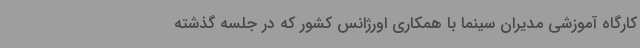
کارگاه آموزشی مدیران سینما با همکاری اورژانس کشور که در جلسه گذشته